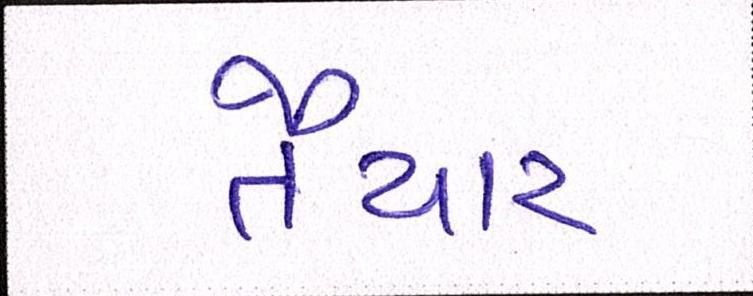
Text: તૈયાર